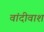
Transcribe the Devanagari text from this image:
वांदीवाश